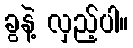
ခွနဲ့ လှည့်ပါ။